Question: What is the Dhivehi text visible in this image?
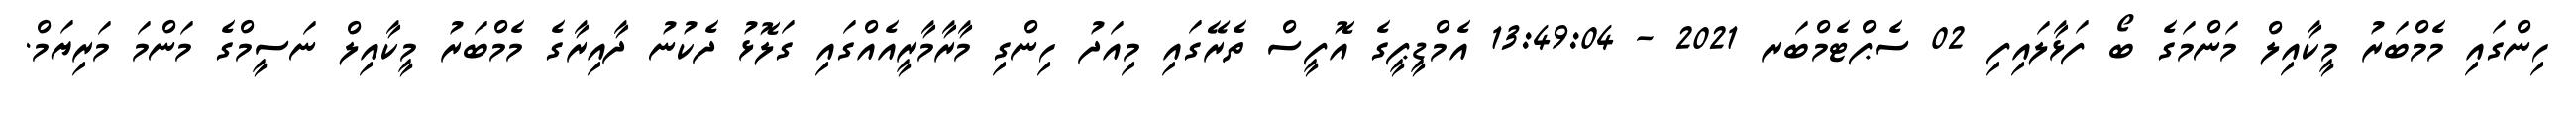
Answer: ހިންގައި މެމްބަރު މީކާއިލް މަންމަގެ ބޯ ފަޅާލައިފި 02 ސެޕްޓެމްބަރ 2021 - 13:49:04 އެމްޑީޕީގެ އޮފީސް ތެރޭގައި މިއަދު ހިންގި މާރާމާރީއެއްގައި ގަލޮޅު ދެކުނު ދާއިރާގެ މެމްބަރު މީކާއިލް ނަސީމްގެ މަންމަ މަރިޔަމް.